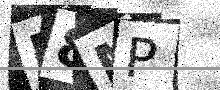
Text: U8MP